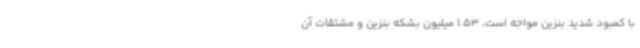
با کمبود شدید بنزین مواجه است، 1.53 میلیون بشکه بنزین و مشتقات آن